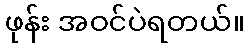
ဖုန်း အဝင်ပဲရတယ်။